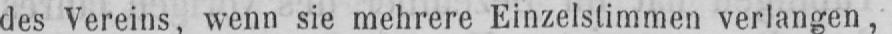
des Vereins, wenn sie mehrere Einzelstimmen verlangen,